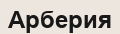
Арберия